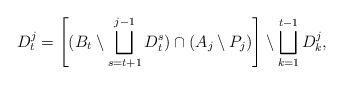
\begin{align*} D_t^{j}=\left[({B}_t\setminus \bigsqcup_{s=t+1}^{j-1} D_t^s)\cap({A}_{j}\setminus {P}_{j})\right]\setminus\bigsqcup_{k=1}^{t-1} D_k^j ,\end{align*}